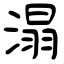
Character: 溻